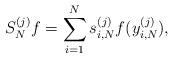
LaTeX: \begin{align*} S^{(j)}_{N}f=\sum_{i=1}^N s^{(j)}_{i,N} f(y^{(j)}_{i,N}), \end{align*}